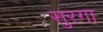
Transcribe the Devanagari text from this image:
सुरगा